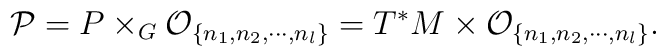
{\cal P}= P\times_G{\cal O}_{\{n_1,n_2,\cdots,n_l\}}=T^*M\times {\cal O}_{\{n_1,n_2,\cdots,n_l\}}.